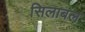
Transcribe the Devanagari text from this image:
सिलाबल